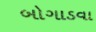
બોગાડવા